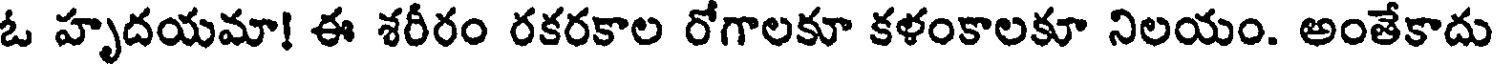
ఓ హృదయమా! ఈ శరీరం రకరకాల రోగాలకూ కళంకాలకూ నిలయం. అంతేకాదు